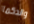
والدكما